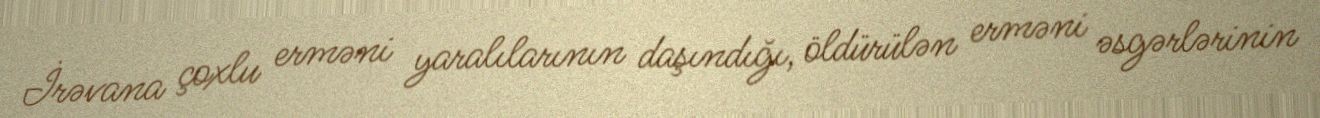
İrəvana çoxlu erməni yaralılarının daşındığı, öldürülən erməni əsgərlərinin